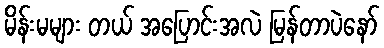
မိန်းမများ တယ် အပြောင်းအလဲ မြန်တာပဲနော်